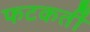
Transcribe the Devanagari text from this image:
फटकतीं